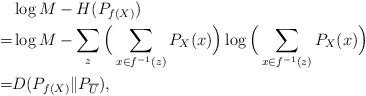
LaTeX: \begin{align*}&\log M - H(P_{f(X)}) \\=&\log M - \sum_{z} \Big(\sum_{x\in f^{-1}(z)} P_X(x)\Big) \log \Big(\sum_{x\in f^{-1}(z)} P_X(x)\Big) \\=&D(P_{f(X)} \| P_{\overline{U}}),\end{align*}